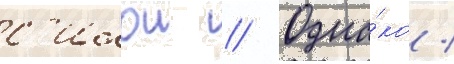
с'илои // Одна́ко /